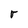
Character: r